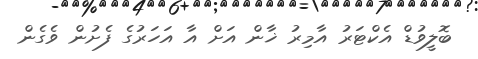
ބޮލީވުޑް އެކްޓަރު އާމިރު ޚާން އަށް އާ އަހަރުގެ ފެށުން ވެގެން